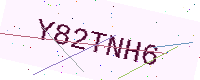
Text: Y82TNH6